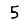
Digit: 5